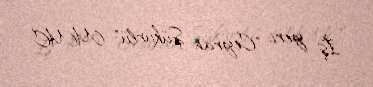
İş yeri: "Ceyran Şükürlü" MMC